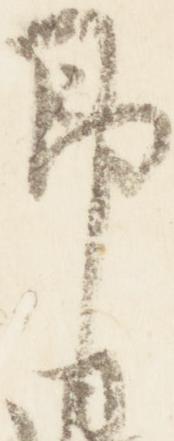
即